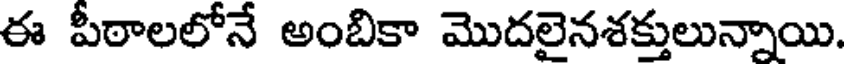
ఈ పీఠాలలోనే అంబికా మొదలైనశక్తులున్నాయి.